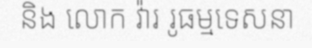
និង លោក វ៉ារ រូធម្មទេសនា